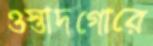
ওস্তাদগোরে